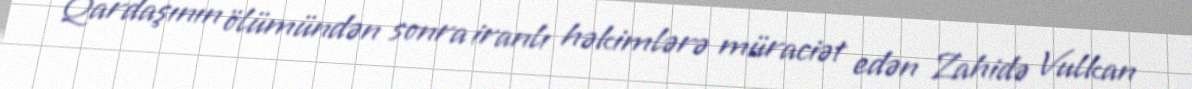
Qardaşının ölümündən sonra iranlı həkimlərə müraciət edən Zahidə Vulkan